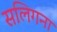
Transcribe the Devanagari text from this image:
सलिगना